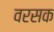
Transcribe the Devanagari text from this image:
वरसक